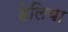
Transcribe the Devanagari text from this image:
हेलिया